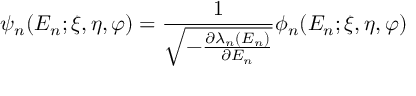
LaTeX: \psi _ { n } ( E _ { n } ; \xi , \eta , \varphi ) = \frac { 1 } { \sqrt { - \frac { \partial \lambda _ { n } ( E _ { n } ) } { \partial E _ { n } } } } \phi _ { n } ( E _ { n } ; \xi , \eta , \varphi )